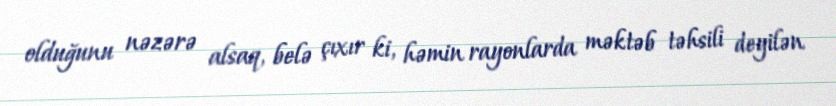
olduğunu nəzərə alsaq, belə çıxır ki, həmin rayonlarda məktəb təhsili deyilən